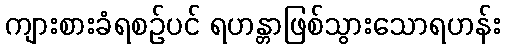
ကျားစားခံရစဉ်ပင် ရဟန္တာဖြစ်သွားသောရဟန်း